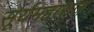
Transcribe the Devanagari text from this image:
सूर्यमहाराज